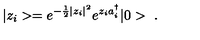
| z _ { i } > = e ^ { - \frac { 1 } { 2 } | z _ { i } | ^ { 2 } } e ^ { z _ { i } a _ { i } ^ { \dagger } } | 0 > \ .